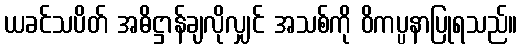
ယခင်သပိတ် အဓိဋ္ဌာန်ချလိုလျှင် အသစ်ကို ဝိကပ္ပနာပြုရသည်။